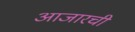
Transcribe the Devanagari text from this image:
आजारची